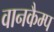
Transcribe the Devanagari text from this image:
वानकैम्प